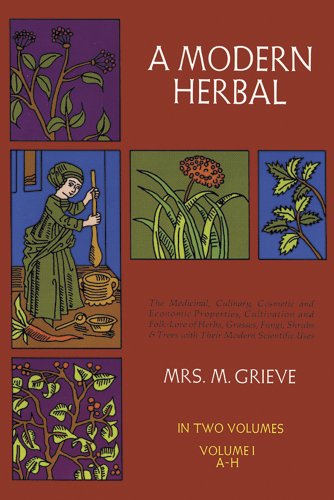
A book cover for A Modern Herbal (Volume 1, A-H): The Medicinal, Culinary, Cosmetic and Economic Properties, Cultivation and Folk-Lore of Herbs, Grasses, Fungi, Shrubs & Trees with Their Modern Scientific Uses; Margaret Grieve; Crafts, Hobbies & Home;